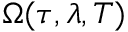
\Omega ( \tau , \lambda , T )